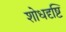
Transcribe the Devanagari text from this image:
शोधदृष्टि